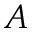
A